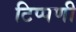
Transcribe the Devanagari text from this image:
टिप्‍पणी